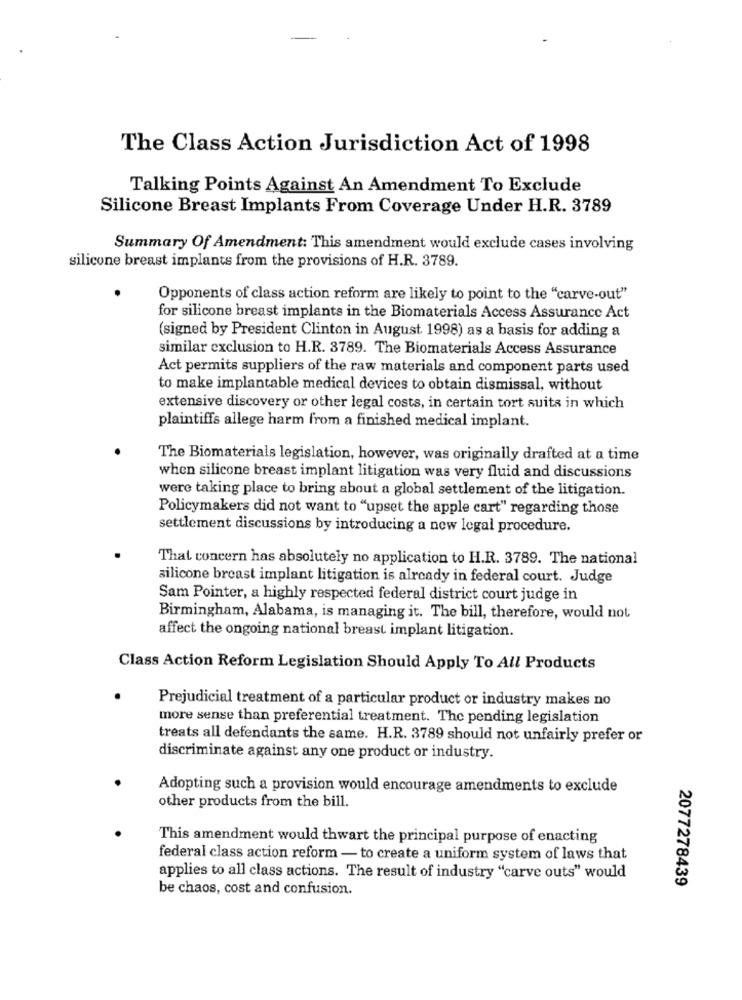
The Class Action Jurisdiction Act of 1998
Talking Points Against An Amendment To Exclude
Silicone Breast Implants From Coverage Under H.R. 3789
Summary Of Amendment: This amendment would exclude cases involving
silicone breast implants from the provisions of H.R. 3789.
Opponents of class action reform are likely to point to the "carve-out"
for silicone breast implants in the Biomaterials Access Assurance Act
(signed by President Clinton in August 1998) as a basis for adding a
similar exclusion to H.R. 3789. The Biomaterials Access Assurance
Act permits suppliers of the raw materials and component parts used
to make implantable medical devices to obtain dismissal, without
extensive discovery or other legal costs, in certain tort suits in which
plaintiffs allege harm from a finished medical implant.
The Biomaterials legislation, however, was originally drafted at a time
when silicone breast implant litigation was very fluid and discussions
were taking place to bring about a global settlement of the litigation.
Policymakers did not want to "upset the apple cart" regarding those
settlement discussions by introducing a new legal procedure.
That concern has absolutely no application to H.R. 3789. The national
silicone breast implant litigation is already in federal court. Judge
Sam Pointer, a highly respected federal district court judge in
Birmingham, Alabama, is managing it. The bill, therefore, would not
affect the ongoing national breast implant litigation.
Class Action Reform Legislation Should Apply To All Products
Prejudicial treatment of a particular product or industry makes no
more sense than preferential treatment. The pending legislation
treats all defendants the same. H.R. 3789 should not unfairly prefer or
discriminate against any one product or industry.
Adopting such a provision would encourage amendments to exclude
other products from the bill.
This amendment would thwart the principal purpose of enacting
federal class action reform - to create a uniform system of laws that
applies to all class actions. The result of industry "carve outs" would
2077278439
be chaos, cost and confusion.